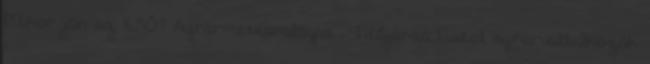
Mikor jön az ESŐ? Agrármeteorológia Időjárás Fiatal agrárvállalkozók